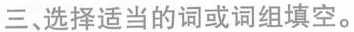
三 选择适当的词或词组填空.